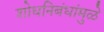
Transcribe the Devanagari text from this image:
शोधनिबंधांमुळे